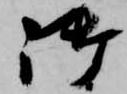
御